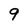
Character: 9